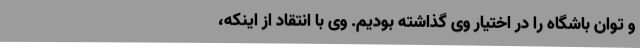
و توان باشگاه را در اختیار وی گذاشته بودیم. وی با انتقاد از اینکه،